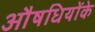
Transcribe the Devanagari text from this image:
औषधियोंके